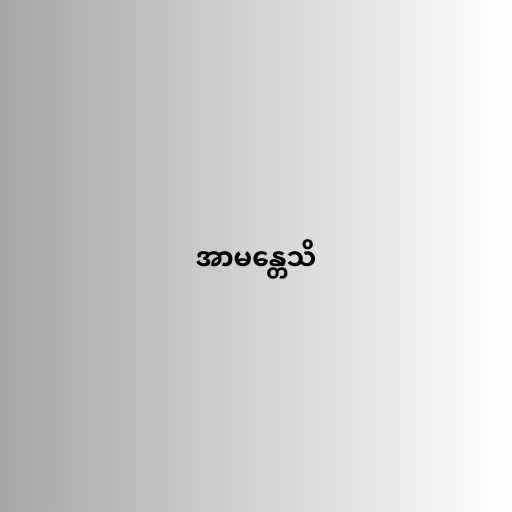
အာမန္တေသိ